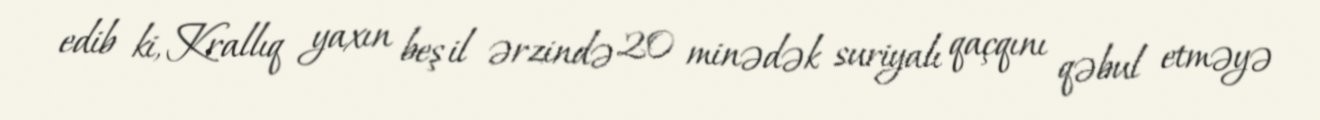
edib ki, Krallıq yaxın beş il ərzində 20 minədək suriyalı qaçqını qəbul etməyə